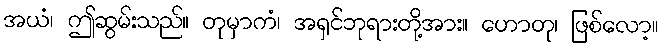
အယံ၊ ဤဆွမ်းသည်။ တုမှာကံ၊ အရှင်ဘုရားတို့အား။ ဟောတု၊ ဖြစ်လော့။